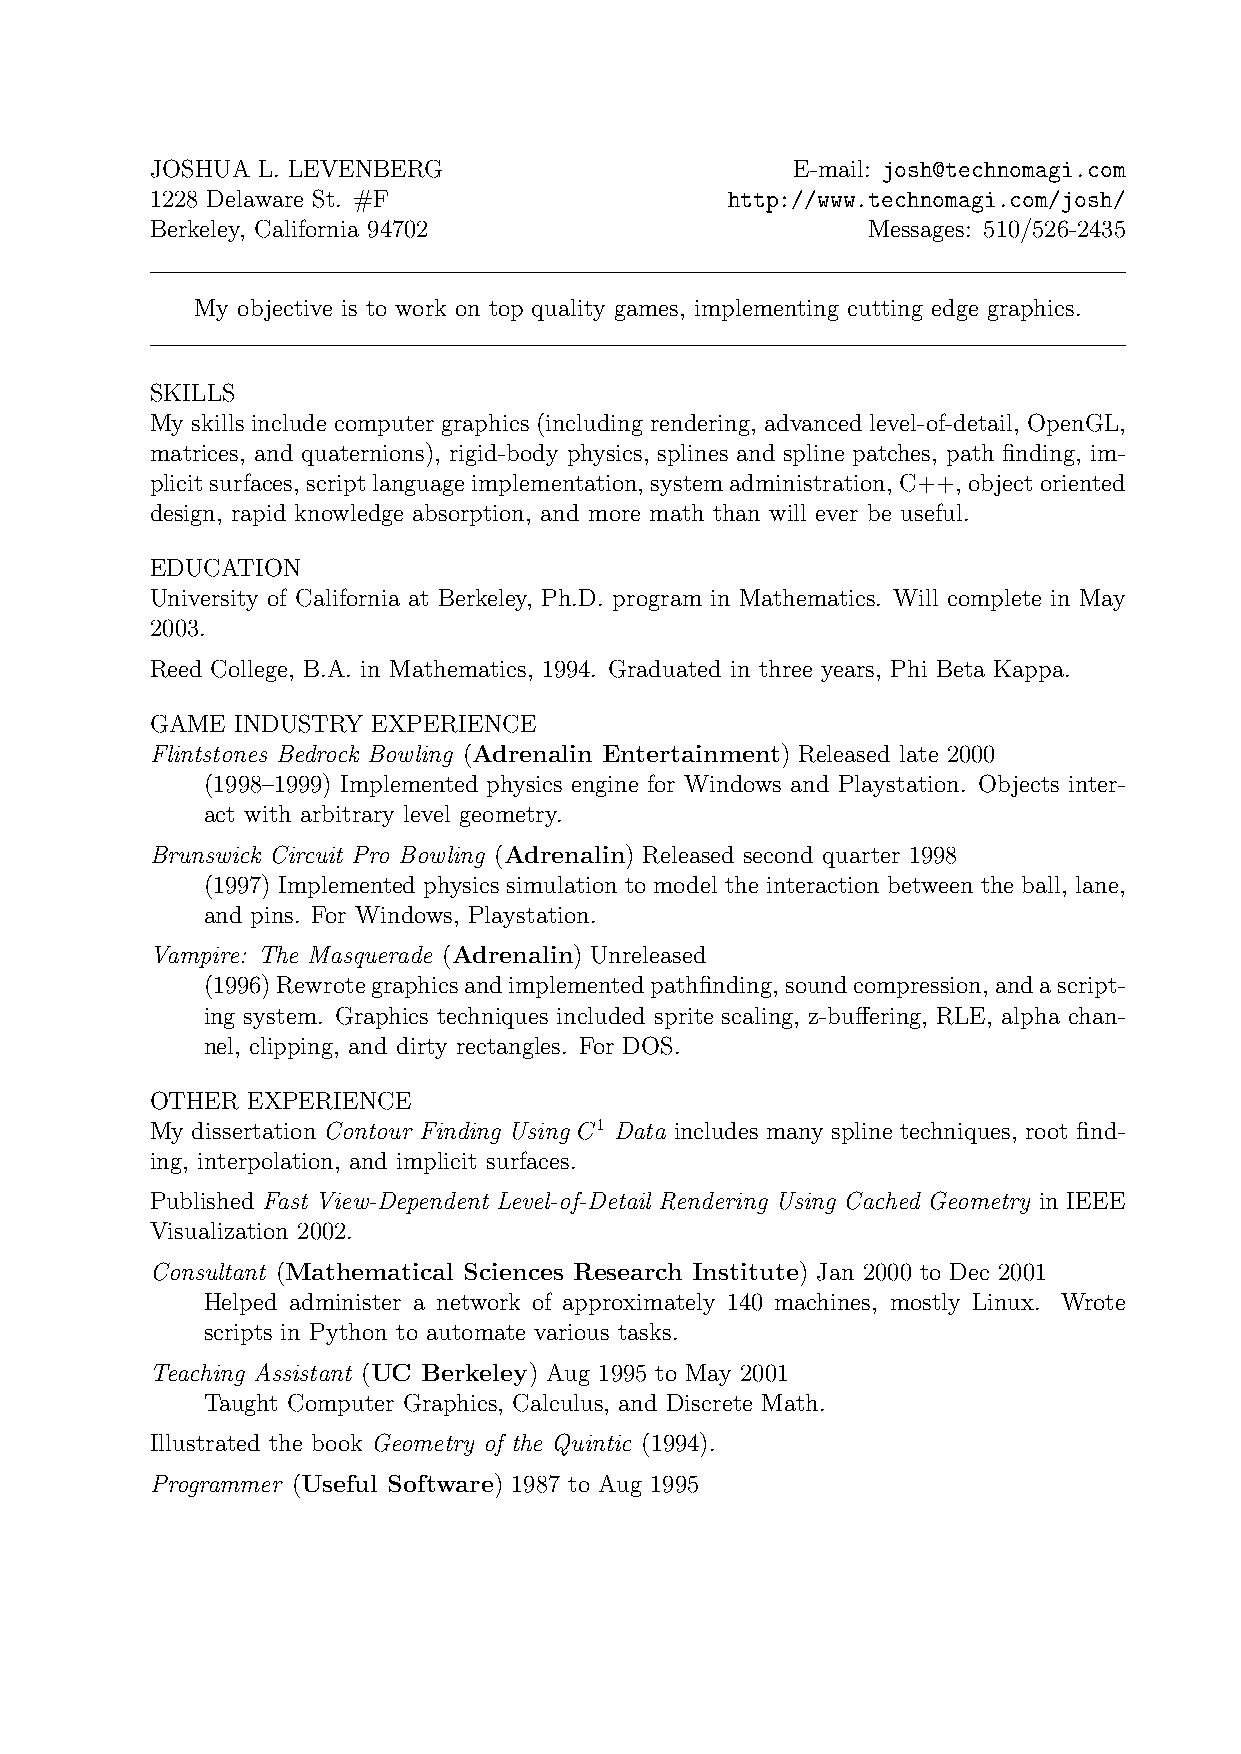
JOSHUA L. LEVENBERG                        E-mail: josh@technomagi.com
 1228 Delaware St. #F                  http://www.technomagi.com/josh/
 Berkeley, California 94702                     Messages: 510/526-2435
 My objective is to work on top quality games, implementing cutting edge graphics.
 SKILLS
 My skills include computer graphics (including rendering, advanced level-of-detail, OpenGL,
 matrices, and quaternions), rigid-body physics, splines and spline patches, path finding, im-
 plicitsurfaces, scriptlanguageimplementation, systemadministration, C++, objectoriented
 design, rapid knowledge absorption, and more math than will ever be useful.
 EDUCATION
 University of California at Berkeley, Ph.D. program in Mathematics. Will complete in May
 2003.
 Reed College, B.A. in Mathematics, 1994. Graduated in three years, Phi Beta Kappa.
 GAME  INDUSTRY EXPERIENCE
 Flintstones Bedrock Bowling (Adrenalin Entertainment) Released late 2000
 (1998–1999) Implemented physics engine for Windows and Playstation. Objects inter-
 act with arbitrary level geometry.
 Brunswick Circuit Pro Bowling (Adrenalin) Released second quarter 1998
 (1997) Implemented physics simulation to model the interaction between the ball, lane,
 and pins. For Windows, Playstation.
 Vampire: The Masquerade (Adrenalin) Unreleased
 (1996)Rewrotegraphicsandimplementedpathfinding,soundcompression,andascript-
 ing system. Graphics techniques included sprite scaling, z-buffering, RLE, alpha chan-
 nel, clipping, and dirty rectangles. For DOS.
 OTHER EXPERIENCE
 My dissertation Contour Finding Using C1 Data includes many spline techniques, root find-
 ing, interpolation, and implicit surfaces.
 Published Fast View-Dependent Level-of-Detail Rendering Using Cached Geometry in IEEE
 Visualization 2002.
 Consultant (Mathematical Sciences Research Institute) Jan 2000 to Dec 2001
 Helped administer a network of approximately 140 machines, mostly Linux. Wrote
 scripts in Python to automate various tasks.
 Teaching Assistant (UC Berkeley) Aug 1995 to May 2001
 Taught Computer Graphics, Calculus, and Discrete Math.
 Illustrated the book Geometry of the Quintic (1994).
 Programmer (Useful Software) 1987 to Aug 1995